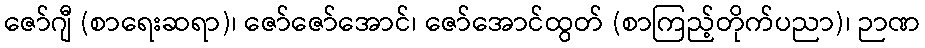
ဇော်ဂျီ (စာရေးဆရာ)၊ ဇော်ဇော်အောင်၊ ဇော်အောင်ထွတ် (စာကြည့်တိုက်ပညာ)၊ ဉာဏ